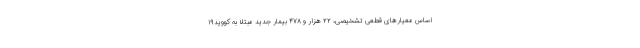
اساس معیارهای قطعی تشخیصی، ۲۲ هزار و ۴۷۸ بیمار جدید مبتلا به کووید۱۹